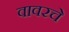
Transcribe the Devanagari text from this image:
वावरचे